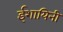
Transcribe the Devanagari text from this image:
ईशायिनी